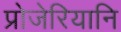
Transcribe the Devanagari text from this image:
प्रोजेरियानि